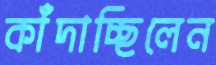
কাঁদাচ্ছিলেন